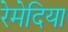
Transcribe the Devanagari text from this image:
रेमेदिया